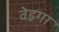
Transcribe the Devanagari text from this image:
वेइगा